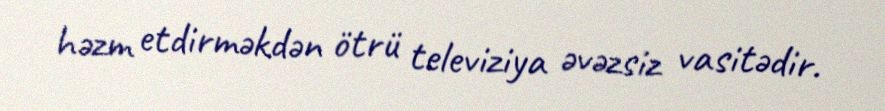
həzm etdirməkdən ötrü televiziya əvəzsiz vasitədir.